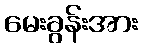
မေးခွန်းအား